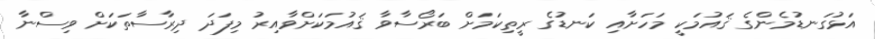
އަޅުގަނޑުމެންގެ ޤައުމަކީ މަހަށާއި ކަނޑުގެ ރީތިކަމަށް ބަރޯސާވާ ޤައުމަކަށްވާއިރު މިފަދަ ދިރާސާތަކަށް ވިސްނާ